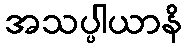
အသပ္ပါယာနိ